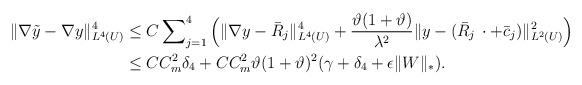
\begin{align*}\Vert\nabla \tilde{y} - \nabla y \Vert^4_{L^4(U)} & \le C\sum\nolimits^4_{j=1} \Big( \Vert \nabla y - \bar{R}_j \Vert^4_{L^4(U)} + \frac{ \vartheta (1+ \vartheta)}{\lambda^2}\Vert y - (\bar{R}_j\,\cdot + \bar{c}_j)\Vert^2_{L^2(U)} \Big) \\& \le C C_m^2 \delta_4 + C C_m^2 \vartheta (1+ \vartheta)^2 (\gamma + \delta_4 +\epsilon \Vert W \Vert_*).\end{align*}